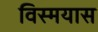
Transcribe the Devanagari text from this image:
विस्मयास